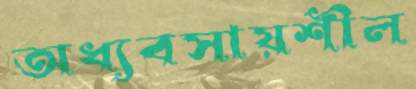
অধ্যবসায়শীল